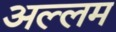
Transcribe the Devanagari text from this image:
अल्लम